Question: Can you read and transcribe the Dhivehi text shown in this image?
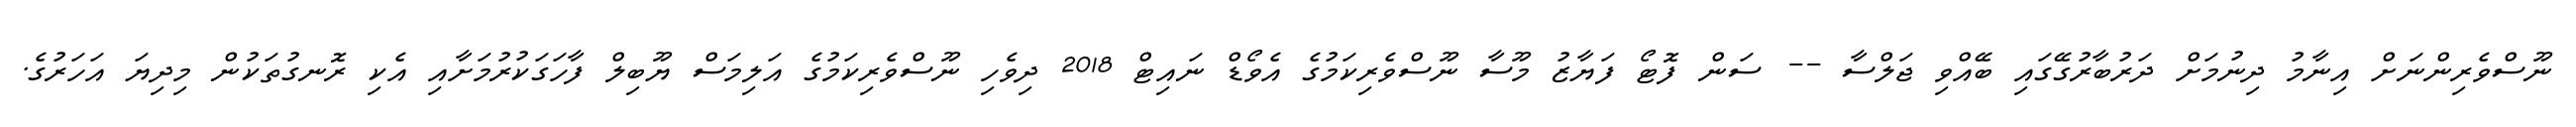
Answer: ނޫސްވެރިންނަށް އިނާމު ދިނުމަށް ދަރުބާރުގޭގައި ބޭއްވި ޖަލްސާ -- ސަން ފޮޓޯ ފަޔާޒު މޫސާ ނޫސްވެރިކަމުގެ އެވޯޑް ނައިޓް 2018 ދިވެހި ނޫސްވެރިކަމުގެ އަލިމަސް ޔޫބިލް ފާހަގަކުރުމަށާއި އެކި ރޮނގުތަކުން މިދިޔަ އަހަރުގެ.